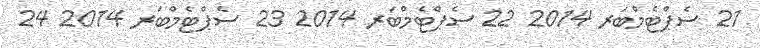
21 ސެޕްޓެމްބަރ 2014 22 ސެޕްޓެމްބަރ 2014 23 ސެޕްޓެމްބަރ 2014 24